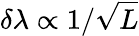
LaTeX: \delta\lambda\propto 1/\sqrt{L}